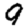
Digit: 9